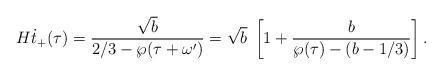
LaTeX: \begin{align*}H\dot{t}_+(\tau)=\frac{\sqrt{b}}{2/3-\wp(\tau+\omega')}=\sqrt{b}\;\left[1+\frac{b}{\wp(\tau)-(b-1/3)}\right].\end{align*}